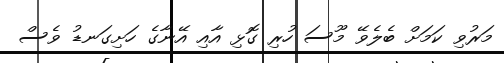
މަރުވި ކަމަށް ބެލެވޭ މޫސަ ހުރި ގޮޅި އާއި އޭނާގެ ހަށިގަނޑު ވެސް